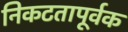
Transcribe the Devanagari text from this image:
निकटतापूर्वक